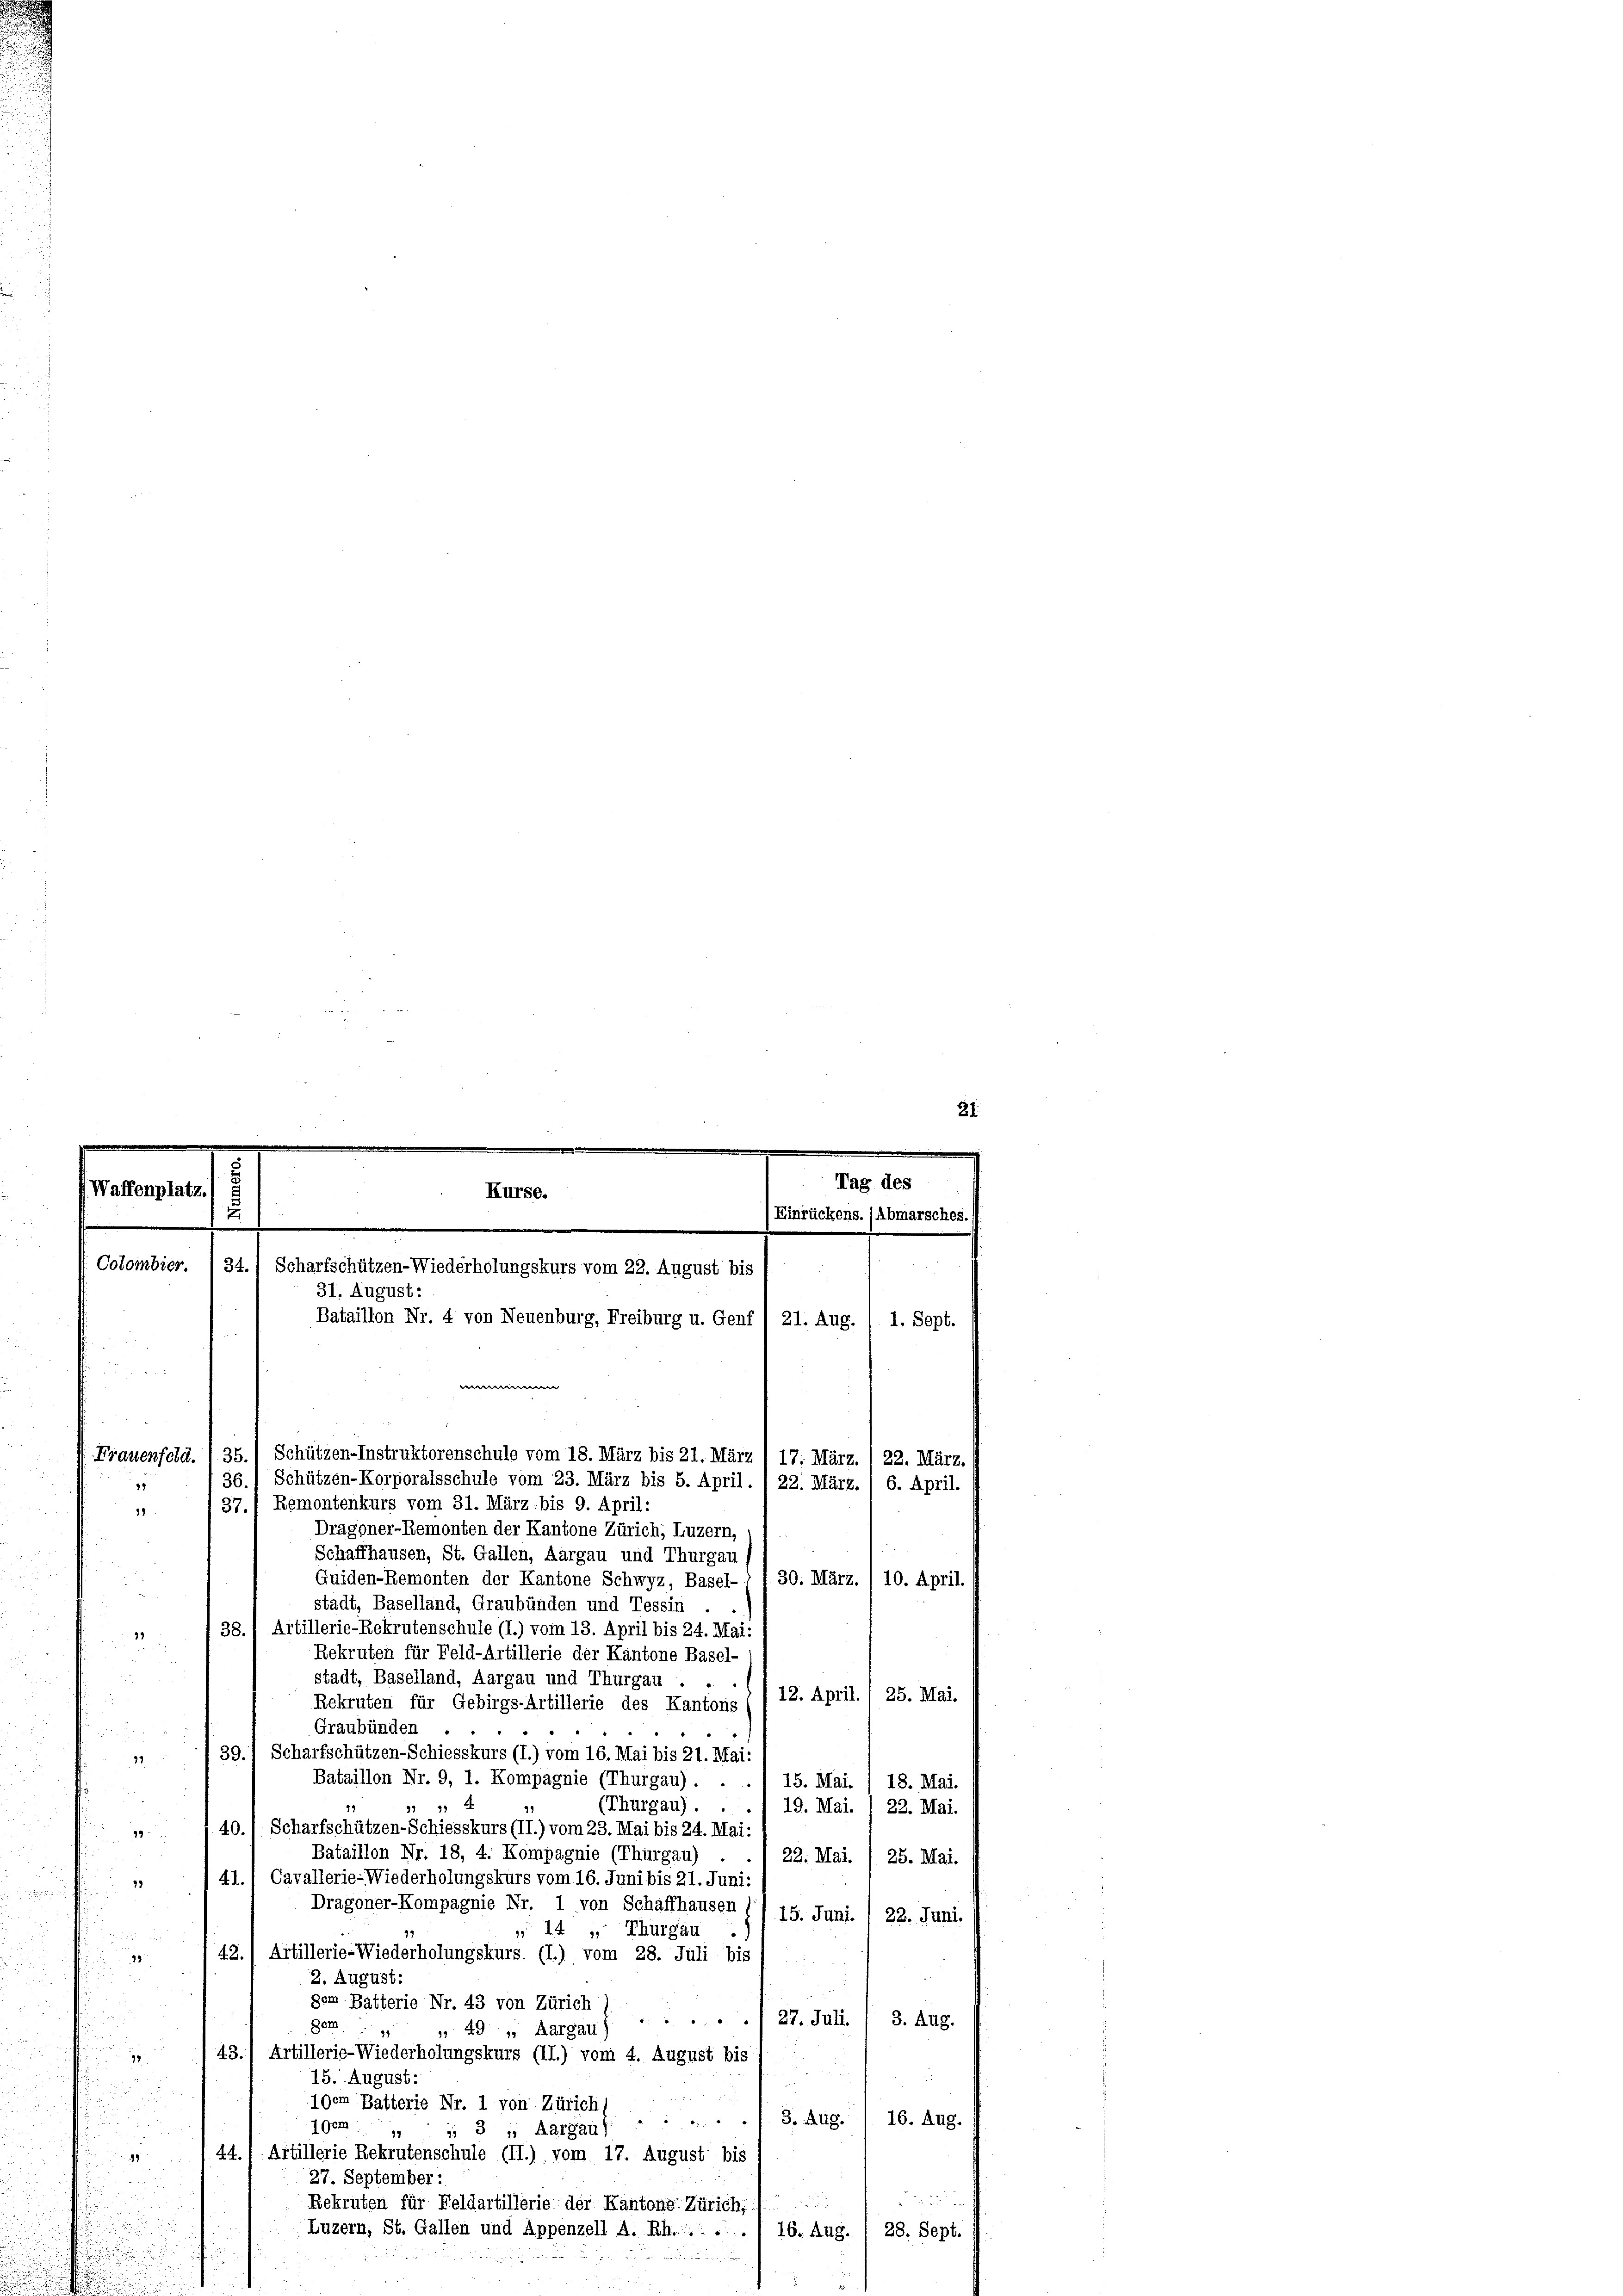
.
21.

Tag des
Kurse.
Waffenplatz.
2
Einrückens. (Abmarsches
.
.
Cotombier.
34.) Scharfschützen-Wiederholungskurs vom 22. August bis
31. August:
Bataillon Nr. 4 von Neuenburg, Freiburg u. Genf
21. Aug.
1. Sept.
e
Frauenfeld. I 35.) Schützen-Instruktorenschule vom 18. März bis 21. März (17. März. 1 22. März.
Schützen-Korporalsschule vom 23. März bis 5. April. 1 22. März.
36
9
6. April.

Remontenkurs vom 31. März bis 9. April:
37.
19
Dragoner-Remonten der Kantone Zürich; Luzern,
Schaffhausen, St. Gallen, Aargau und Thurgau,
Quiden-Remonten der Kantone Schwyz, Basel-
30. März. / 10. April.
stadt, Baselland, Graubünden und Tessin .
38.) Artillerie-Rekrutenschule (I.) vom 13. April bis 24. Mai:
99
Rekruten für Feld-Artillerie der Kantone Basel-
stadt, Baselland, Aargau und Thurgau.
.
12. April. 1 25. Mai.
i
Rekruten für Gebirgs-Artillerie des Kantons.
Graubünden

39.1 Scharfschützen-Schiesskurs (I.) vom 16. Mai bis 21. Mai:
9
Bataillon Nr. 9, 1. Kompagnie (Thurgau) . .
18. Mai.
15. Mai.
(Thurgau) . .
91
19. Mai. 1 22. Mai.
40. 1 Scharfschützen-Schiesskurs (II.) vom 23. Mai bis 24. Mai:
39
Bataillon Nr. 18, 4. Kompagnie (Thurgau)
22. Mai. / 25. Mai.
41.) Cavallerie-Wiederholungskurs vom 16. Juni bis 21. Juni:
19
Dragoner-Kompagnie Nr. 1 von Schaffhausen
15. Juni. /22. Juni.
 14, Thurgau

43.) Artillerie-Wiederholungskurs (I.) vom 28. Juli bis
1
2. August.
gem Batterie Nr. 43 von Zürich)
./27. Juli / 3. Aug.
Dem
49, Aargau)
43.1 Artillerie-Wiederholungskurs (II.) vom 4. August bis
92
u
15. August:
u
100m Batterie Nr. 1 von Zürich,
 8. Aug.
16. Aug.
7gem
 31, Aargau)
44. 1. Artillerie Rekrutenschule (II.) vom 17. August bis
g
27. September:

Rekruten für Feldartillerie der Kantons Zürich,
Luzern, St. Gallen und Appenzell A.-Rh. 1.
16. Aug. I 28. Sept.
a